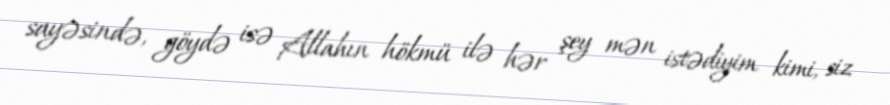
sayəsində, göydə isə Allahın hökmü ilə hər şey mən istədiyim kimi, siz